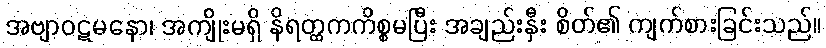
အဗျာဝဋမနော၊ အကျိုးမရှိ နိရတ္ထကကိစ္စမပြီး အချည်းနှီး စိတ်၏ ကျက်စားခြင်းသည်။